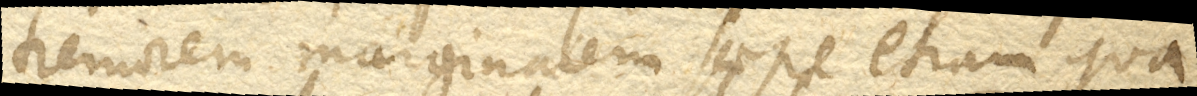
tremorem marginalem saepe etiam qua-